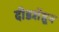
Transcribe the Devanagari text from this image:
दीडशेंहून